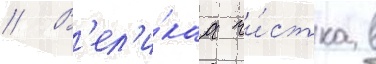
// В'ел'и́каа чи́стка в